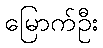
မြောက်ဦး